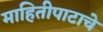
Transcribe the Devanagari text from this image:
माहितीपाटाचे